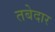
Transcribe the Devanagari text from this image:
तबेदार